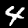
Label: 4